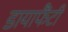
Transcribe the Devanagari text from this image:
डायाफैंटी